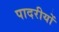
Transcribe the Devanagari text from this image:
पादरीयों